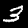
Digit: 3